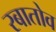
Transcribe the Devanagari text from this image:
रबातोव